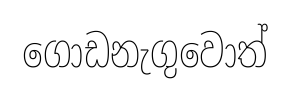
ගොඩනැගුවොත්